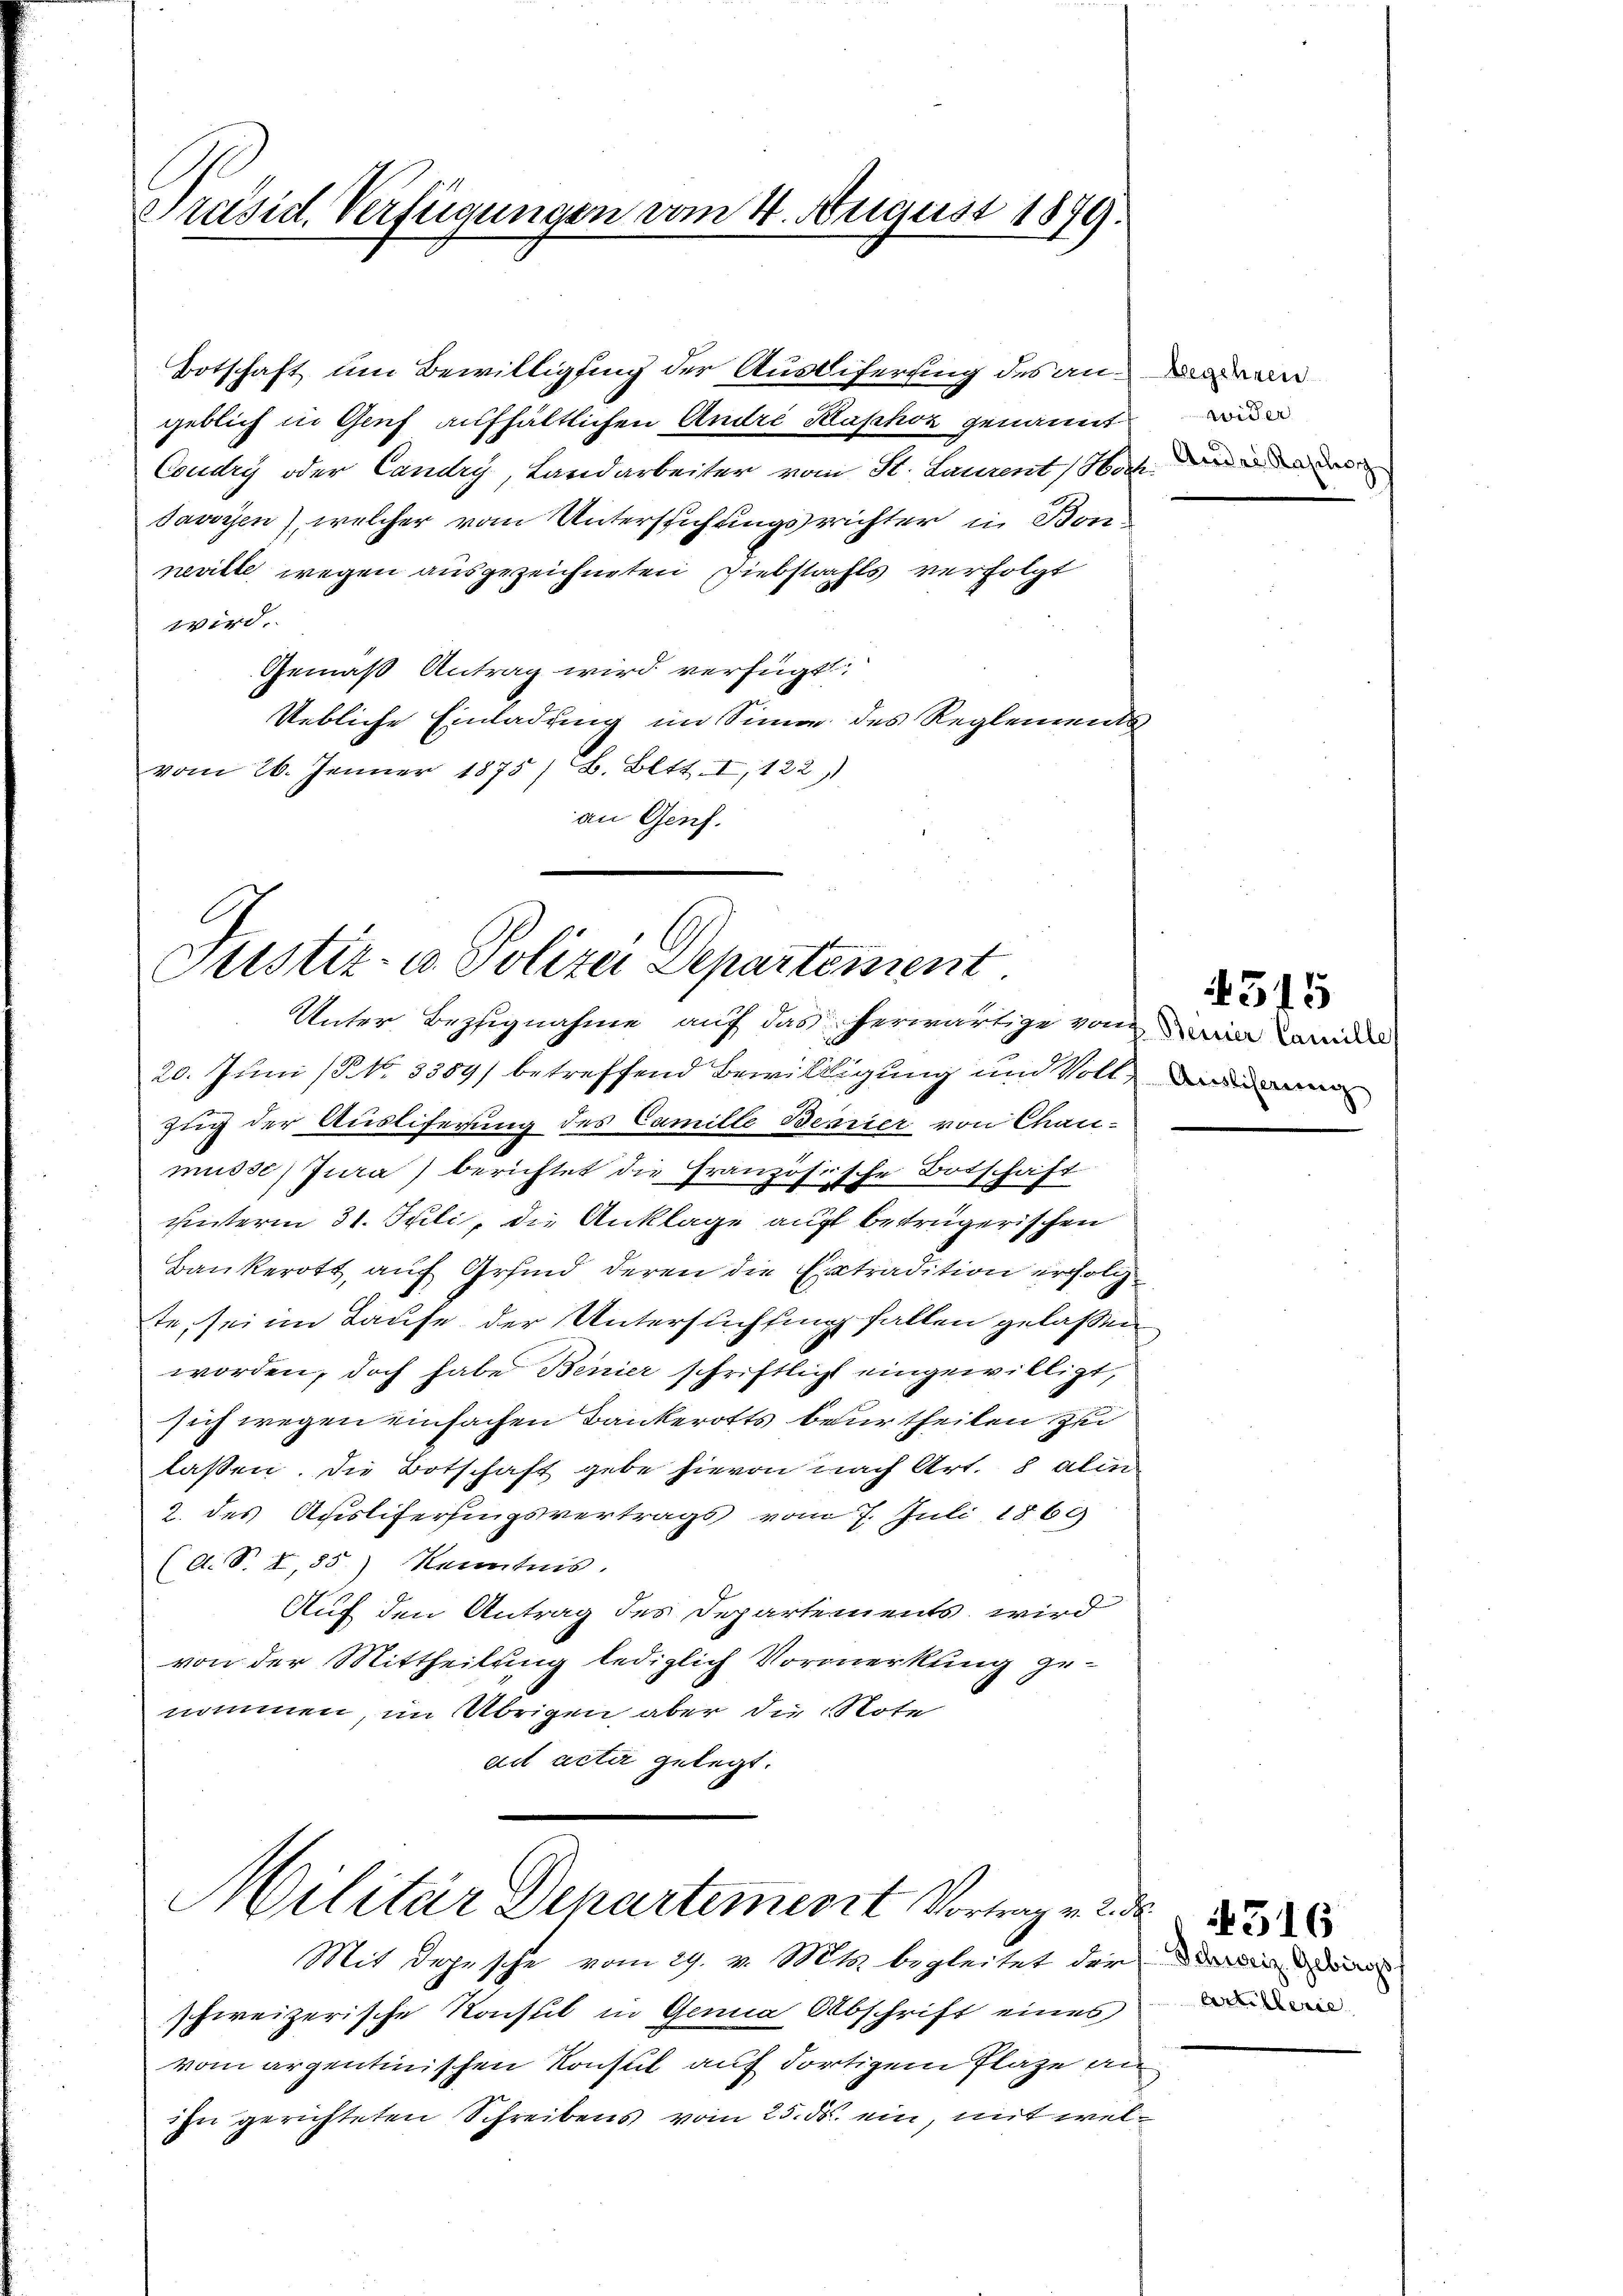
Präsid. Verfügungen vom 4. August 1879.

geblich in Genf aufhältlichen Andre Klaphor genannt
Coudry oder Candry, Landarbeiter vom St. Laurent Hoch¬
Javoyen), welcher vom Untersuchungsrichter in Bonneville wegen ausgezeichneten Diebstrafts verfolgt
wird.
Gemäß Antrag wird verfügt:
Uebliche Einladung im Sinne des Reglements
vom 26. Jenner 1875/ B. Bett. I,122)
an Genf.
20. Juni (NNo. 3389) betreffend Bewilligung und Voll¬
Zug der Ausliferung des Camille Bemier von Chaumüsse Jura) berichtet die Französische Botschaft
hinterm 31. Juli, die Anklage auf betrügerischen
Bankerott, auf Grund deren die Eintradition erfolgte, sei im Laufe der Untersuchtung fallen gelassen
worden, doch habe Benier schriftlicht eingewilligt,
sich wegen einfachen Bankerotts beurtheilen zu
laßen. Die Botschaft gebe hievon nach Art. 8 alin
2. des Auslifersingsvertrags vom 7. Juli 1869
(A. S. I,35) Kenntnis.
Auf den Antrag des Departements wird
von der Mittheilung lediglich Vormerkung genommen, im Übrigen, aber die Note
ad acta gelegt.
Militär Departement Vortrag v. 2
Mit Depesche vom 29. v. Mts. begleitet der den
schweizerische Konsul in Genia Abschrift eines
vom argentinischen Konsul auf dortigem Plaze an
ihn gerichteten Schreibens vom 25. ds. ein, mit wel¬

Botschaft um Bewilligung der Ausdiferung des an¬

Justiz- & Polize Departement
Unter Bezugnahme auf das herwärtige von in de

Andere Raschon

515

516